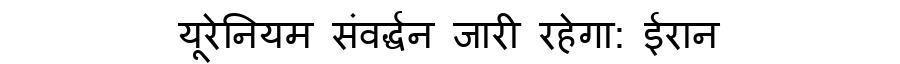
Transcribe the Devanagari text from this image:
यूरेनियम संवर्द्धन जारी रहेगा: ईरान